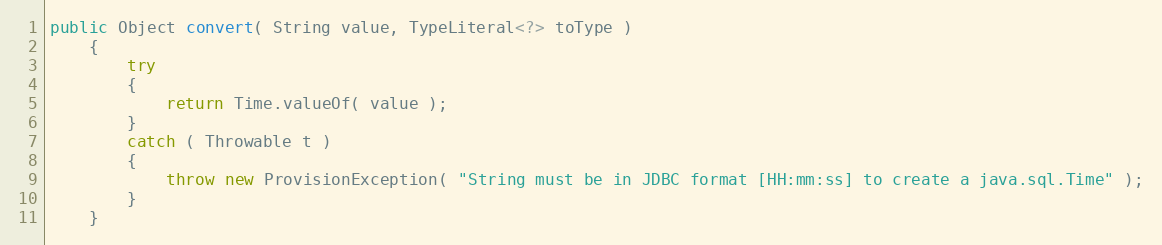
Language: Java
public Object convert( String value, TypeLiteral<?> toType )
    {
        try
        {
            return Time.valueOf( value );
        }
        catch ( Throwable t )
        {
            throw new ProvisionException( "String must be in JDBC format [HH:mm:ss] to create a java.sql.Time" );
        }
    }